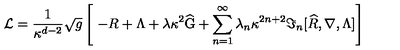
{ \cal L } = \frac { 1 } { \kappa ^ { d - 2 } } \sqrt { g } \left[ \ - R + \Lambda + \lambda \kappa ^ { 2 } \widehat { \mathrm { G } } + \sum _ { n = 1 } ^ { \infty } \lambda _ { n } \kappa ^ { 2 n + 2 } \Im _ { n } [ \widehat { R } , \nabla , \Lambda ] \right]